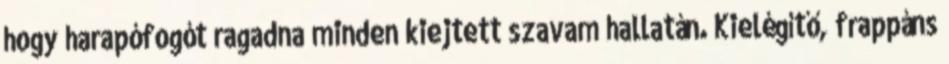
hogy harapófogót ragadna minden kiejtett szavam hallatán. Kielégítő, frappáns